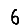
Digit: 6